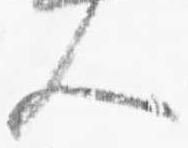
人